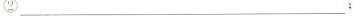
②___：